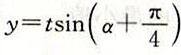
y = t \sin ( a + \frac { \pi } { 4 } )